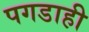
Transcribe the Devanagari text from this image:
पगडाही